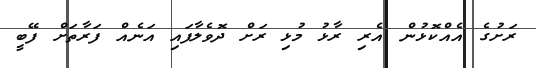
ރަށުގެ އެއްކޮޅުން އެރި ރާޅު މުޅި ރަށް ދޮވެލާފައި އަނެއް ފަރާތަށް ފޭބީ